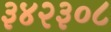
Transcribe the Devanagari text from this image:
३४२३०८